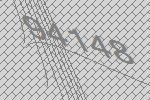
94148